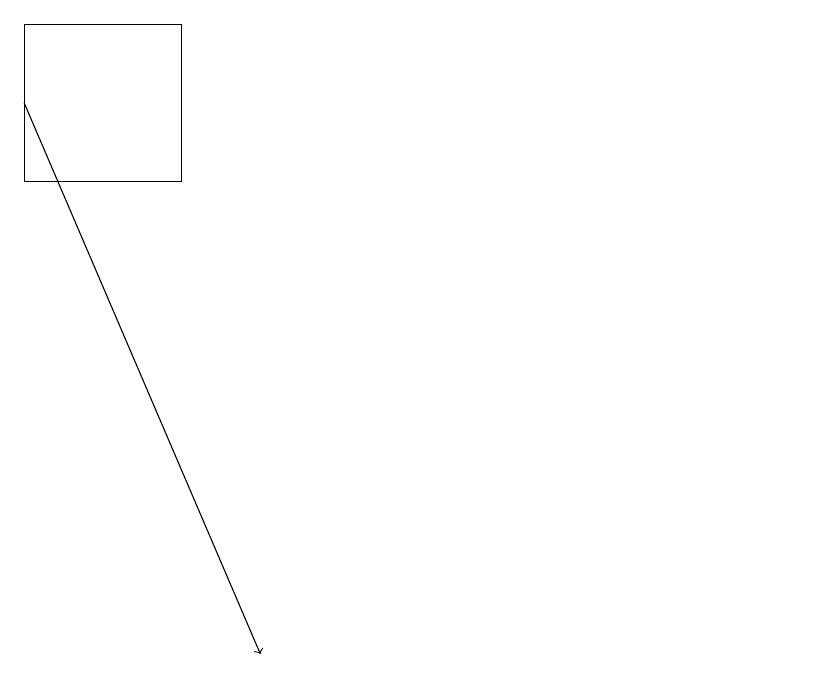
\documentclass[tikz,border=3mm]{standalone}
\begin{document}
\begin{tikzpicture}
\draw (12,11) circle (0);
\draw (4,18) rectangle (2,16);
\draw[->] (2,17) -- (5,10);
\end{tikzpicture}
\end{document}